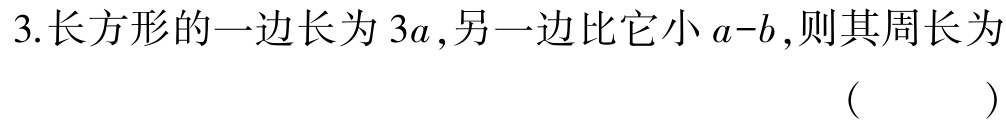
3.长方形的一边长为 \(3a\),另一边比它小 \(a - b\),则其周长为 （  ）